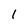
Character: 1